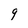
Character: 9